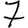
Digit: 7